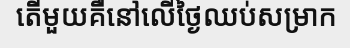
តើមួយគឺនៅលើថ្ងៃឈប់សម្រាក